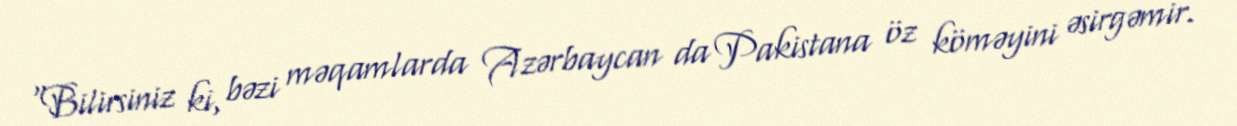
“Bilirsiniz ki, bəzi məqamlarda Azərbaycan da Pakistana öz köməyini əsirgəmir.